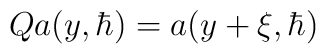
Qa(y,{\hbar })=a(y+\xi,\hbar )